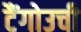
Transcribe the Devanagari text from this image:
टैंगोउची